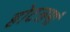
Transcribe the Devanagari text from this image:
होटलमां